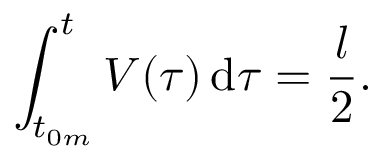
\int _ { t _ { 0 m } } ^ { t } V ( \tau ) \, \mathrm { d } \tau = \frac { l } { 2 } .